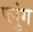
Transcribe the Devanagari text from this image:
प्लुंग